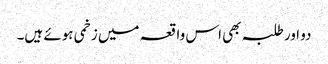
دو اور طلبہ بھی اس واقعہ میں زخمی ہوئے ہیں۔